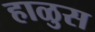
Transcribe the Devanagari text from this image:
हाळुस